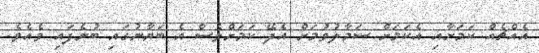
އެއްޗެއް ކަމަށާއި އެކަމަށް ސަމާލުވުމަށް އެދޭ ކަމަށްވެސް އެ ބަޔާނުގައި ބުނެފައި ވެއެވެ.